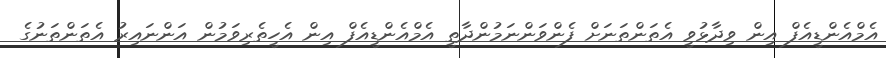
އެމްއެންޑީއެފް އިން ވިދާޅުވީ އެތަންތަަނަށް ފެންވަންނަމުންދާތީ އެމްއެންޑީއެފް އިން އެހީތެރިވަމުން އަންނައިރު އެތަންތަނުގެ